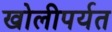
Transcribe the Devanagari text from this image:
खोलीपर्यत